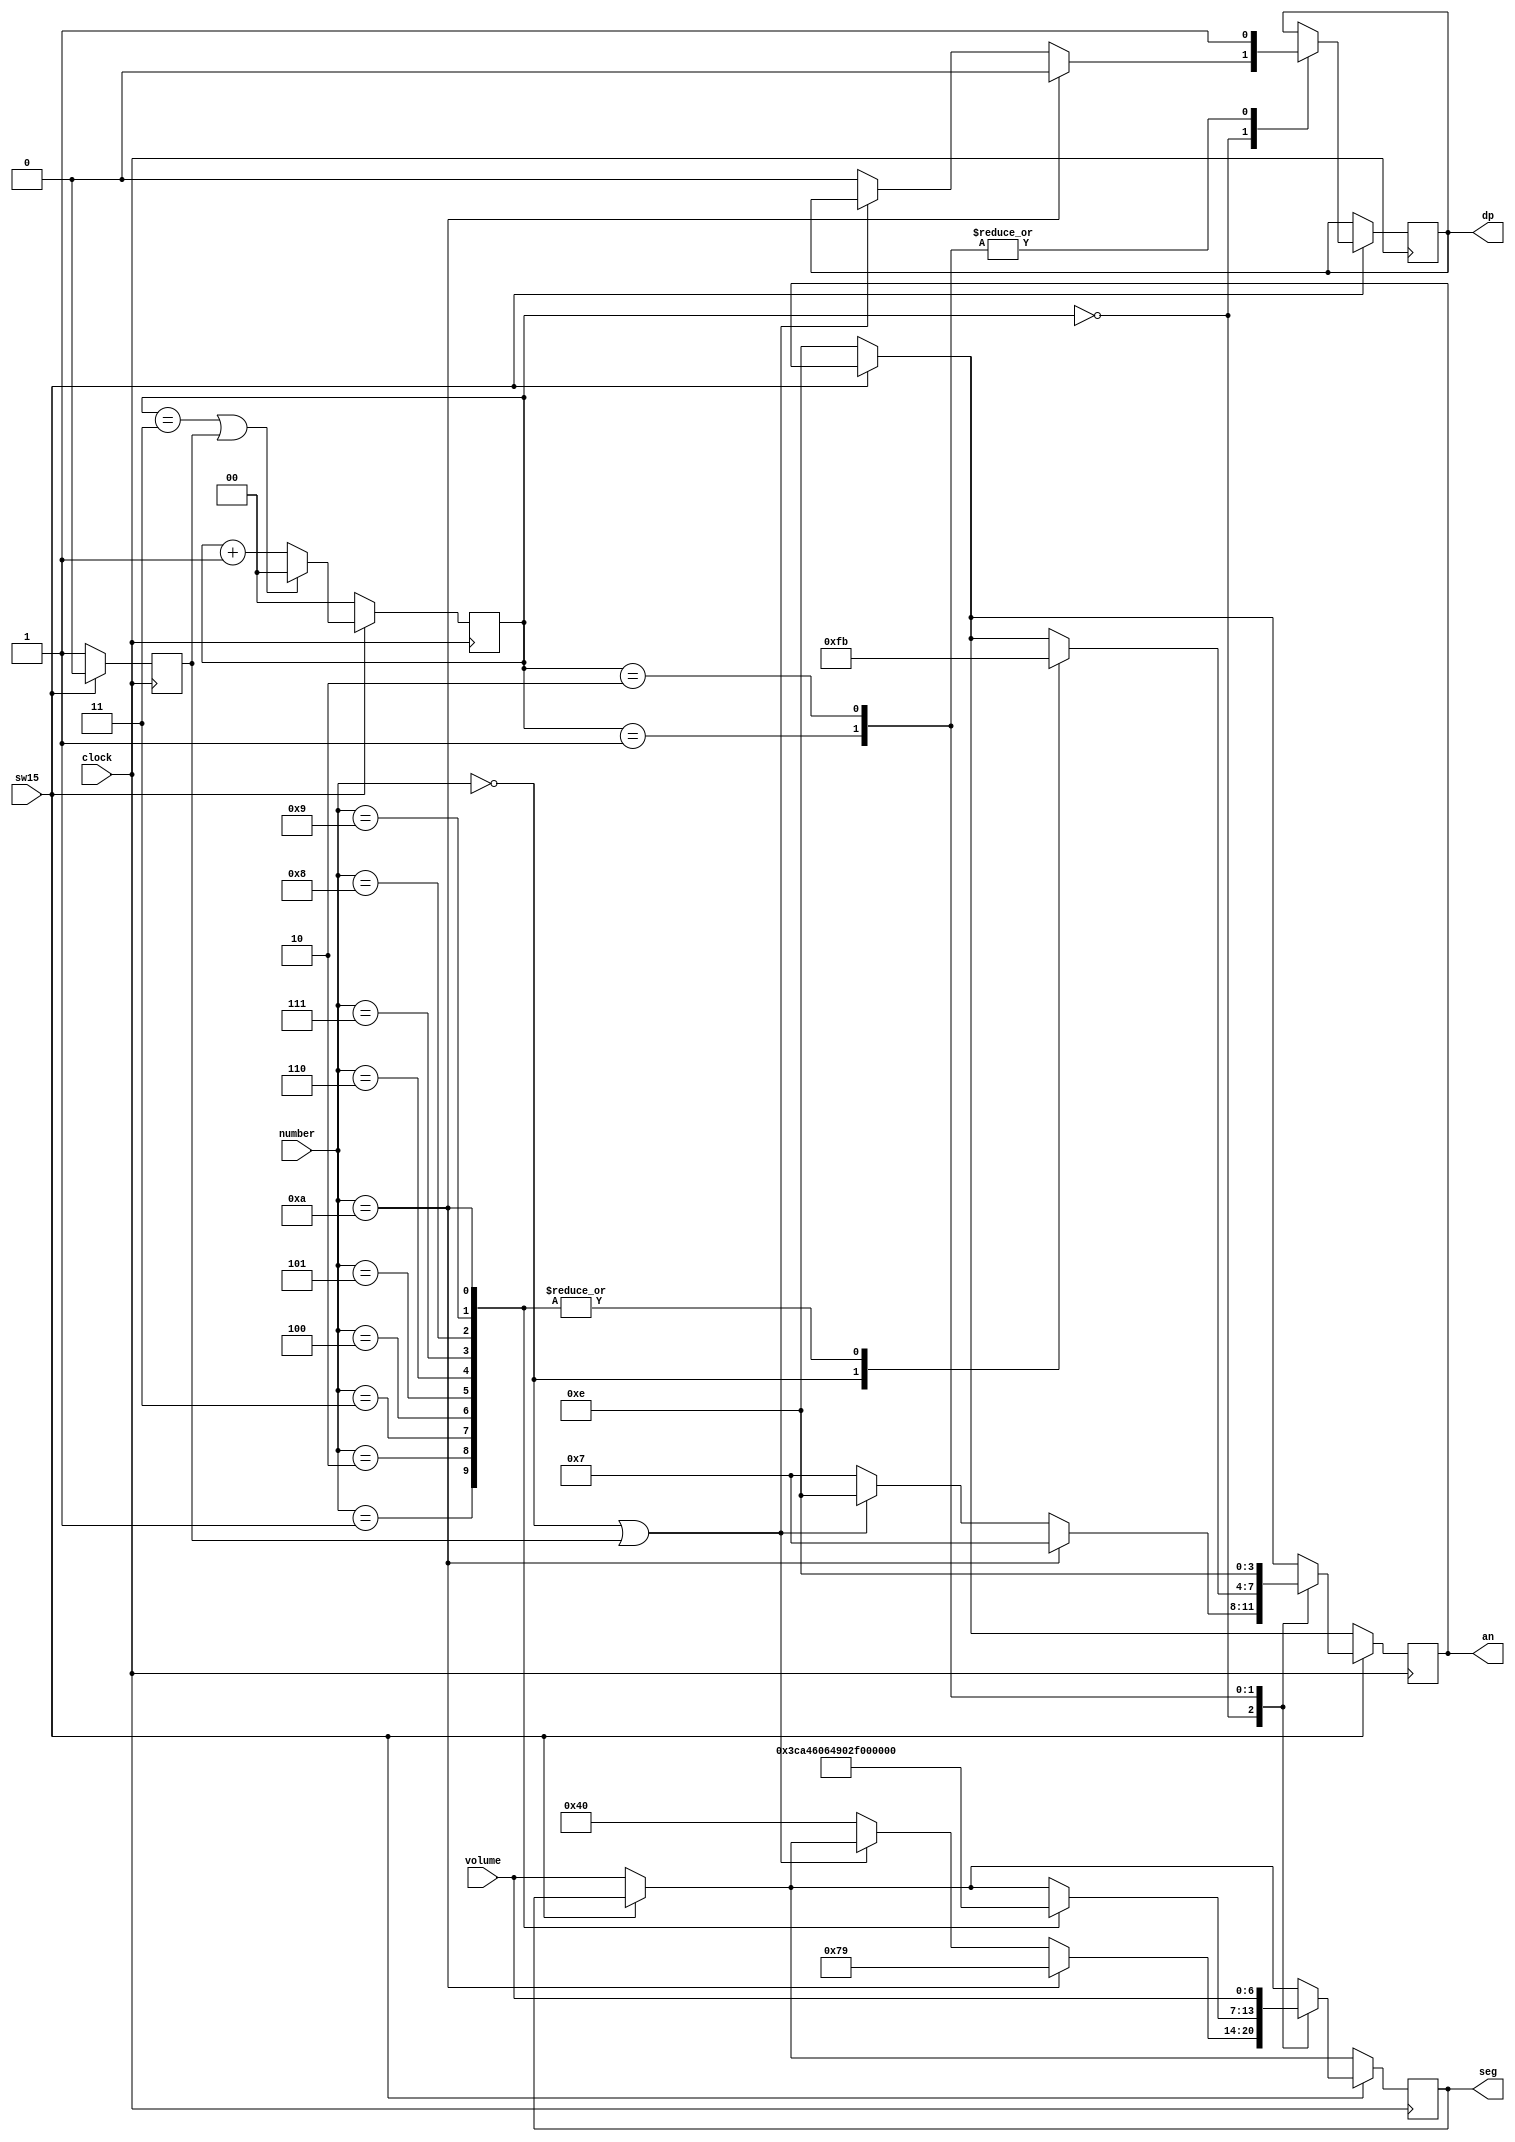
`timescale 1ns / 1ps
//////////////////////////////////////////////////////////////////////////////////
// Company: 
// Engineer: 
// 
// Design Name: 
// Module Name: anodeDisplay
// Project Name: 
// Target Devices: 
// Tool Versions: 
// Description: 
// 
// Dependencies: 
// 
// Revision:
// Revision 0.01 - File Created
// Additional Comments:
// 
//////////////////////////////////////////////////////////////////////////////////


module anodeDisplay(
    input [4:0] number,
    input [6:0] volume,
    input clock,
    input sw15,
    output reg [6:0] seg,
    output reg dp,
    output reg [3:0] an
    );
    
    reg [1:0] seq = 0;
    reg reset = 0;
    always @ (posedge clock) begin
        if (~sw15) begin
            seq <= 0;
            reset <= 1;
            an <= 4'b1110;
            seg <= volume;
        end
        if (sw15) begin
            reset <= 0;
            seq <= (seq == 3 | reset) ? 0 : seq + 1;
            case (seq)
            3'd0: begin
                if (number == 10) begin
                    an <= 4'b0111;
                    seg <= 7'b1111001;
                    dp <= 0;
                end
                else if (number == 0 | reset) begin
                    an <= 4'b1110;
                end
                else begin
                    an <= 4'b0111;
                    seg <= 7'b1000000;
                    dp <= 0;
                end
            end
            3'd1: begin
                dp <= 1;
                case(number)
                5'd0: begin
                    an <= 4'b1111;
                end
                5'd1: begin
                    an <= 4'b1011;
                    seg <= 7'b1111001;
                end
                5'd2: begin
                    an <= 4'b1011;
                    seg <= 7'b0100100;
                end
                5'd3: begin
                    an <= 4'b1011;
                    seg <= 7'b0110000;
                end
                5'd4: begin
                    an <= 4'b1011;
                    seg <= 7'b0011001;
                end
                5'd5: begin
                    an <= 4'b1011;
                    seg <= 7'b0010010;
                end
                5'd6: begin
                    an <= 4'b1011;
                    seg <= 7'b0000010;
                end
                5'd7: begin
                    an <= 4'b1011;
                    seg <= 7'b1111000;
                end
                5'd8: begin
                    an <= 4'b1011;
                    seg <= 7'b0000000;
                end
                5'd9: begin
                    an <= 4'b1011;
                    seg <= 7'b0010000;
                end
                5'd10: begin
                    an <= 4'b1011;
                    seg <= 7'b1000000;
                end                                                
                endcase
            end
            3'd2: begin
                dp <= 1;
                an <= 4'b1110;
                seg <= volume;
            end
            endcase
        end
    end
endmodule